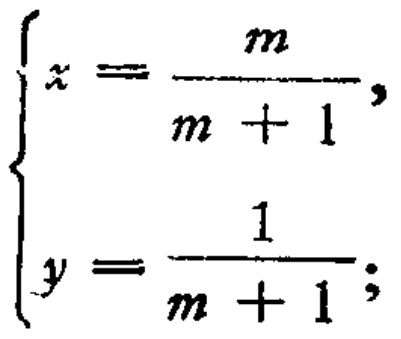
\[\begin{cases}
x = \frac{m}{m + 1},\\
y = \frac{1}{m + 1};
\end{cases}\]